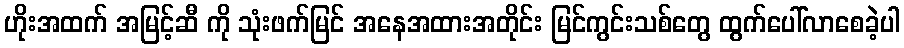
ဟိုးအထက် အမြင့်ဆီ ကို သုံးဖက်မြင် အနေအထားအတိုင်း မြင်ကွင်းသစ်တွေ ထွက်ပေါ်လာစေခဲ့ပါ